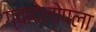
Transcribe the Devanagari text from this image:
ग्वादेलोपला